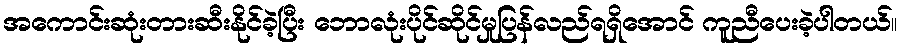
အကောင်းဆုံးတားဆီးနိုင်ခဲ့ပြီး ဘောလုံးပိုင်ဆိုင်မှုပြန်လည်ရရှိအောင် ကူညီပေးခဲ့ပါတယ်။